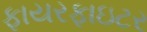
ફાયરફાઇટર